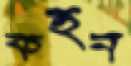
কহন